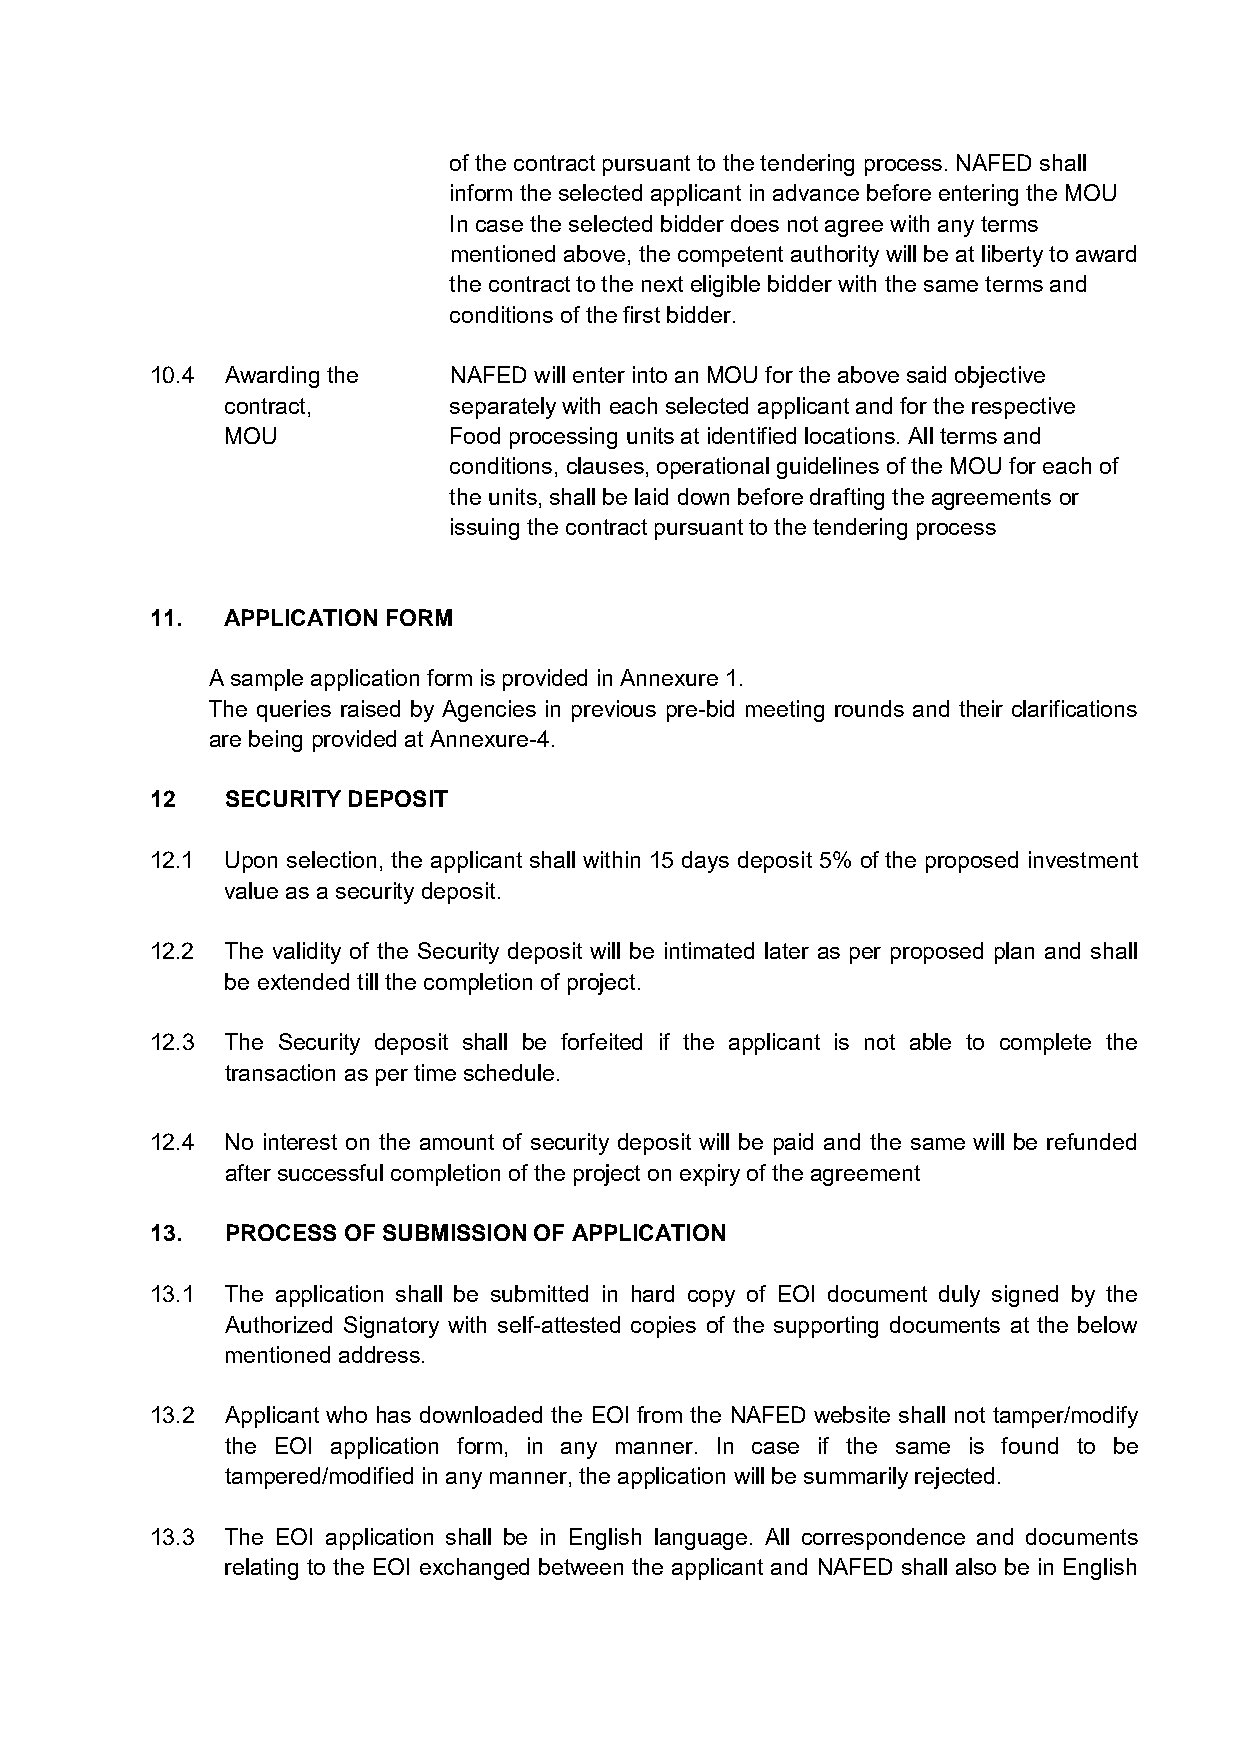
of the contract pursuant to the tendering process. NAFED shall
 inform the selected applicant in advance before entering the MOU
 In case the selected bidder does not agree with any terms
 mentioned above, the competent authority will be at liberty to award
 the contract to the next eligible bidder with the same terms and
 conditions of the first bidder.
 10.4 Awarding the   NAFED will enter into an MOU for the above said objective
 contract,      separately with each selected applicant and for the respective
 MOU            Food processing units at identified locations. All terms and
 conditions, clauses, operational guidelines of the MOU for each of
 the units, shall be laid down before drafting the agreements or
 issuing the contract pursuant to the tendering process
 11.  APPLICATION FORM
 A sample application form is provided in Annexure 1.
 The queries raised by Agencies in previous pre-bid meeting rounds and their clarifications
 are being provided at Annexure-4.
 12   SECURITY DEPOSIT
 12.1 Upon selection, the applicant shall within 15 days deposit 5% of the proposed investment
 value as a security deposit.
 12.2 The validity of the Security deposit will be intimated later as per proposed plan and shall
 be extended till the completion of project.
 12.3 The Security deposit shall be forfeited if the applicant is not able to complete the
 transaction as per time schedule.
 12.4 No interest on the amount of security deposit will be paid and the same will be refunded
 after successful completion of the project on expiry of the agreement
 13.  PROCESS OF SUBMISSION OF APPLICATION
 13.1 The application shall be submitted in hard copy of EOI document duly signed by the
 Authorized Signatory with self-attested copies of the supporting documents at the below
 mentioned address.
 13.2 Applicant who has downloaded the EOI from the NAFED website shall not tamper/modify
 the EOI application form, in any manner. In case if the same is found to be
 tampered/modified in any manner, the application will be summarily rejected.
 13.3 The EOI application shall be in English language. All correspondence and documents
 relating to the EOI exchanged between the applicant and NAFED shall also be in English